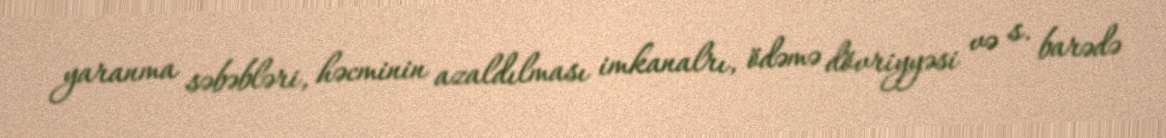
yaranma səbəbləri, həcminin azaldılması imkanalrı, ödəmə dövriyyəsi və s. barədə